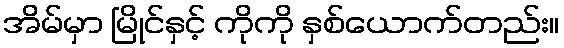
အိမ်မှာ မြိုင်နှင့် ကိုကို နှစ်ယောက်တည်း။